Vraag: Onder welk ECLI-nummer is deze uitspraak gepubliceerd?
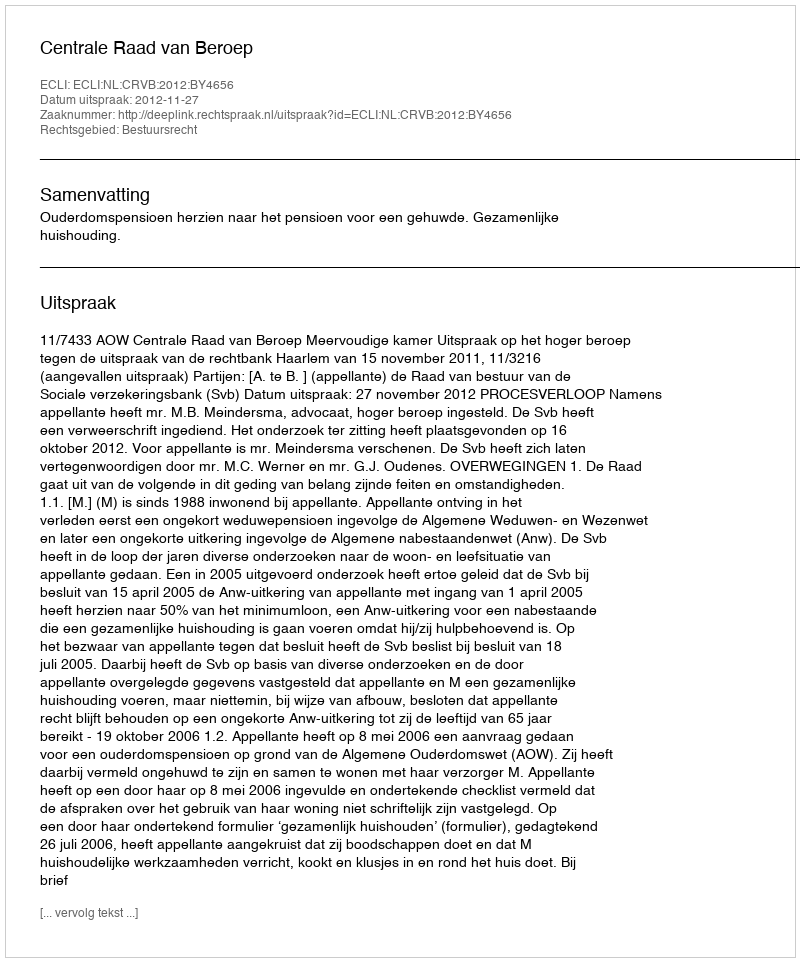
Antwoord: ECLI:NL:CRVB:2012:BY4656